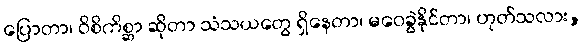
ပြောတာ၊ ဝိစိကိစ္ဆာ ဆိုတာ သံသယတွေ ရှိနေတာ၊ မဝေခွဲနိုင်တာ၊ ဟုတ်သလား,